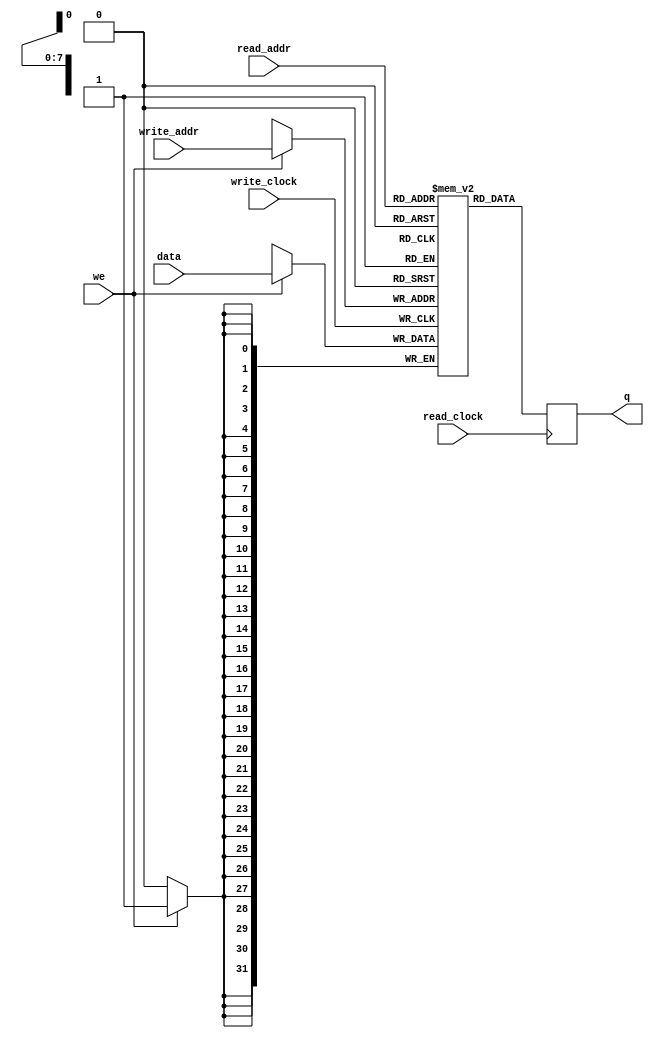

module DataMemory
#(parameter DATA_WIDTH=32, parameter ADDR_WIDTH=8)
(
	input [(DATA_WIDTH-1):0] data,
	input [(ADDR_WIDTH-1):0] read_addr, write_addr,
	input we, read_clock, write_clock,
	output reg [(DATA_WIDTH-1):0] q
);
	
	// Declare the RAM variable
	reg [DATA_WIDTH-1:0] ram[2**ADDR_WIDTH-1:0];
	
	always @ (posedge write_clock)
	begin
		// Write
		if (we)
			ram[write_addr] <= data;
	end
	
	always @ (posedge read_clock)
	begin
		// Read 
		q <= ram[read_addr];
	end
	
endmodule

	

/*
// Quartus Prime Verilog Template
// Simple Dual Port RAM with separate read/write addresses and
// separate read/write clocks

module simple_dual_port_ram_dual_clock
#(parameter DATA_WIDTH=8, parameter ADDR_WIDTH=6)
(
	input [(DATA_WIDTH-1):0] data,
	input [(ADDR_WIDTH-1):0] read_addr, write_addr,
	input we, read_clock, write_clock,
	output reg [(DATA_WIDTH-1):0] q
);
	
	// Declare the RAM variable
	reg [DATA_WIDTH-1:0] ram[2**ADDR_WIDTH-1:0];
	
	always @ (posedge write_clock)
	begin
		// Write
		if (we)
			ram[write_addr] <= data;
	end
	
	always @ (posedge read_clock)
	begin
		// Read 
		q <= ram[read_addr];
	end
	
endmodule

*/

/*

module DataMemory(
	dataIn	    , 
	address	    , 
	wsign		, 
	clock		, 
	dataOut
);

	input[31:0] dataIn;
	input wsign;
	input clock;
	input[31:0] address;
	
	output[31:0] dataOut;

	//Variable RAM
	reg [31:0] RAM[127:0]; //128 address
	
	//escrita da memoria
	always@(posedge clock) begin
	
		if(wsign) begin
			RAM[address] = dataIn;
		end 
		
	end
	
	//Leitura da memoria
	assign dataOut = RAM[address];
	
endmodule 
*/